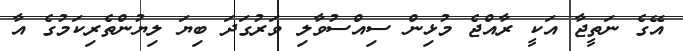
އޭގެ ނަތީޖާ އަކީ ރާއްޖެ މުޅިން ސިއްސުވާލި ވަރުގަދަ ބިޔަ ލިޔުންތެރިކަމުގެ އާ